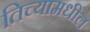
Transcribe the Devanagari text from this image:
तिच्यामधील